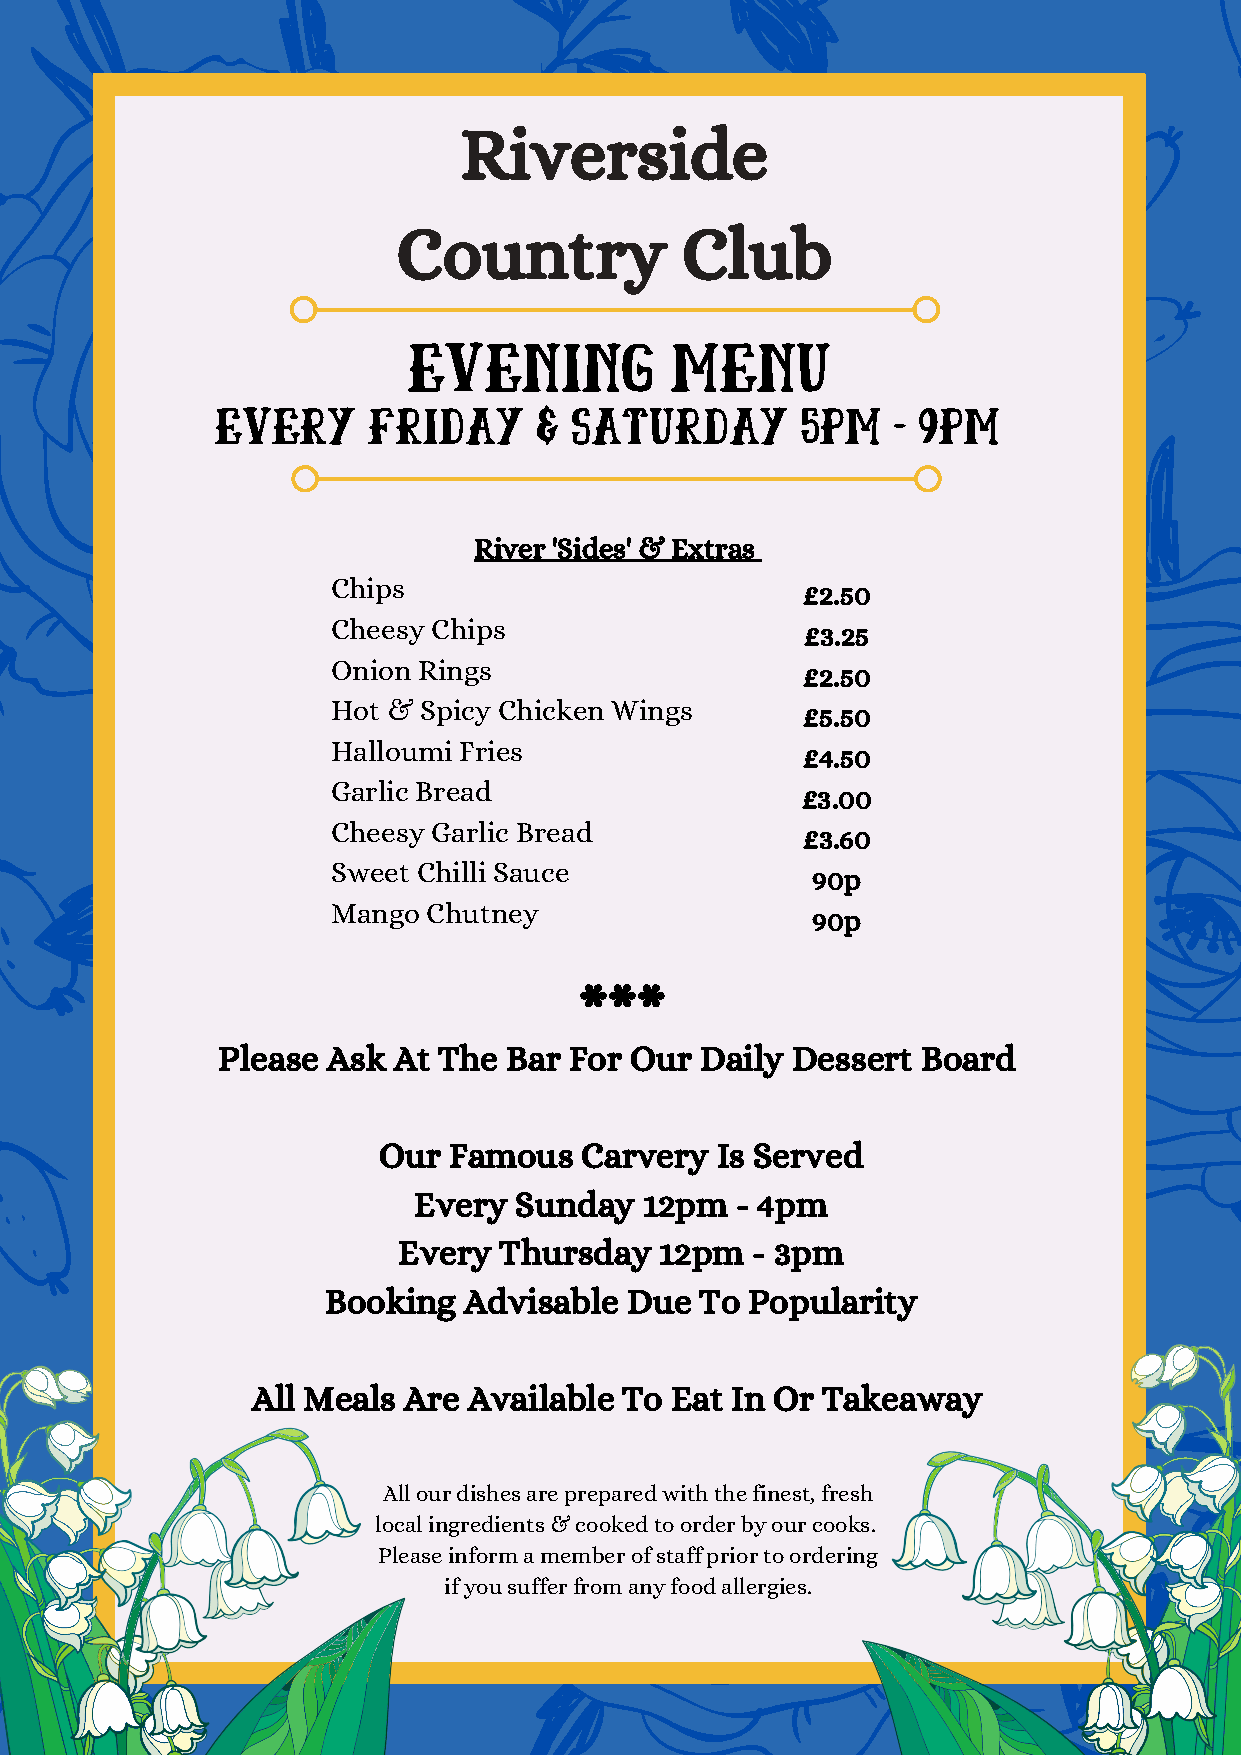
Riverside
 Country            Club
 EVENING          menu
 EVERY     friday      & saturday       5pm   - 9pm
 River 'Sides' & Extras
 Chips                          £2.50
 Cheesy Chips                   £3.25
 Onion Rings                    £2.50
 Hot & Spicy Chicken Wings
 £5.50
 Halloumi Fries
 £4.50
 Garlic Bread
 £3.00
 Cheesy Garlic Bread
 £3.60
 Sweet Chilli Sauce
 90p
 Mango Chutney
 90p
 **  *
 Please  Ask At The Bar  For Our Daily Dessert  Board
 Our  Famous  Carvery  Is Served
 Every  Sunday   12pm  - 4pm
 Every  Thursday   12pm  - 3pm
 Booking   Advisable Due  To  Popularity
 All Meals Are Available To Eat In Or Takeaway
 All our dishes are prepa red with the finest, fr esh
 local ingredients & cooked to order by our cooks.
 Please inform a member of staff prior to ordering
 if you suffer from any food allergies.